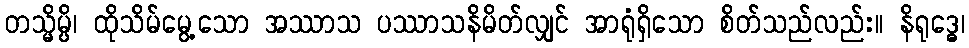
တသ္မိမ္ပိ၊ ထိုသိမ်မွေ့သော အဿာသ ပဿာသနိမိတ်လျှင် အာရုံရှိသော စိတ်သည်လည်း။ နိရုဒ္ဓေ၊